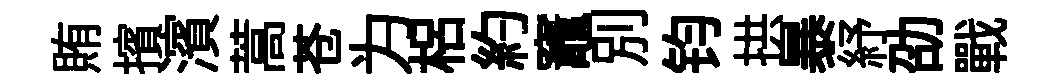
賄擯濱蒿苍为梠約竈别钧拱暴紓劭戰